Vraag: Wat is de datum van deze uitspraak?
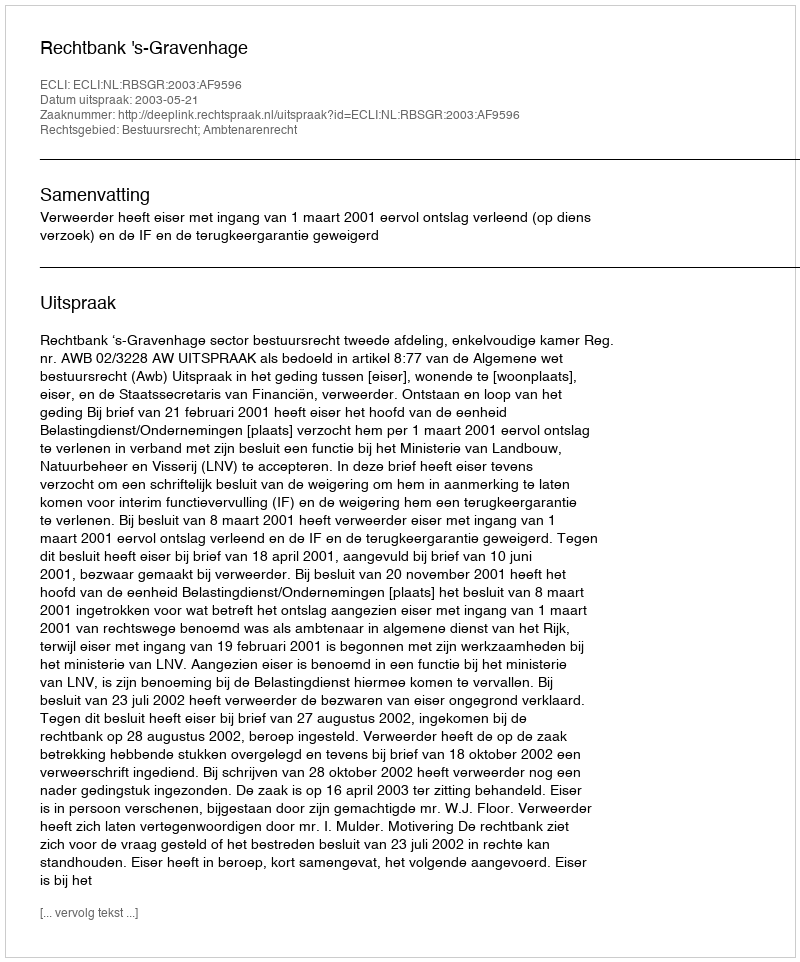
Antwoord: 2003-05-21